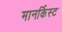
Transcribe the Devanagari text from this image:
मानर्किस्ट